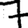
Digit: 7